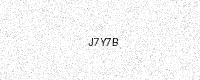
Text: J7Y7B